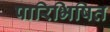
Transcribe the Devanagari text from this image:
पारिभिषित